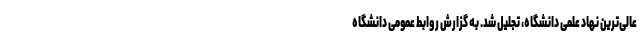
عالی‌ترین نهاد علمی دانشگاه، تجلیل شد. به گزارش روابط عمومی دانشگاه